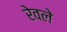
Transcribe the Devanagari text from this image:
रेवले